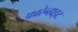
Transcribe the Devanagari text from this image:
फारेन्हाइट